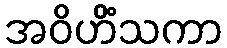
အဝိဟိံသကာ